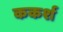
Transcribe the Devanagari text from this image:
ककर्श